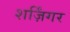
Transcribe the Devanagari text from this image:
शर्ज़िंगर